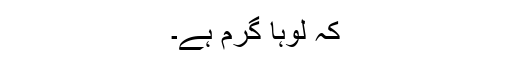
کہ لوہا گرم ہے۔